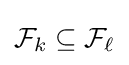
{\mathcal {F}}_{k}\subseteq {\mathcal {F}}_{\ell }